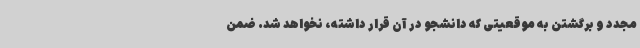
مجدد و برگشتن به موقعیتی که دانشجو در آن قرار داشته، نخواهد شد. ضمن